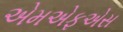
એમએફએસ